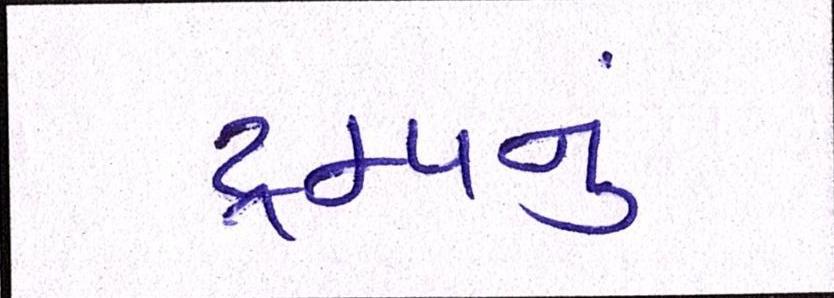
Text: ટ્રમ્પનું